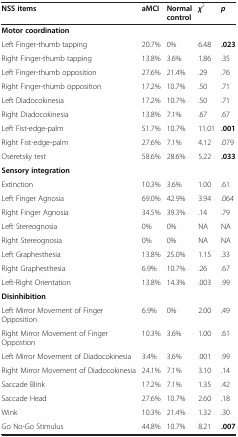
<table><thead><tr><td><b>NSS items</b></td><td><b>aMCI</b></td><td><b>Normal control</b></td><td><b> <i>χ</i> <sup>2</sup></b></td><td><b> <i>p</i> </b></td></tr></thead><tbody><tr><td colspan="5"><b>Motor coordination</b></td></tr><tr><td>Left Finger-thumb tapping</td><td>20.7%</td><td>0%</td><td>6.48</td><td><b>.023</b></td></tr><tr><td>Right Finger-thumb tapping</td><td>13.8%</td><td>3.6%</td><td>1.86</td><td>.35</td></tr><tr><td>Left Finger-thumb opposition</td><td>27.6%</td><td>21.4%</td><td>.29</td><td>.76</td></tr><tr><td>Right Finger-thumb opposition</td><td>17.2%</td><td>10.7%</td><td>.50</td><td>.71</td></tr><tr><td>Left Diadocokinesia</td><td>17.2%</td><td>10.7%</td><td>.50</td><td>.71</td></tr><tr><td>Right Diadocokinesia</td><td>13.8%</td><td>7.1%</td><td>.67</td><td>.67</td></tr><tr><td>Left Fist-edge-palm</td><td>51.7%</td><td>10.7%</td><td>11.01</td><td><b>.001</b></td></tr><tr><td>Right Fist-edge-palm</td><td>27.6%</td><td>7.1%</td><td>4.12</td><td>.079</td></tr><tr><td>Oseretsky test</td><td>58.6%</td><td>28.6%</td><td>5.22</td><td><b>.033</b></td></tr><tr><td colspan="5"><b>Sensory integration</b></td></tr><tr><td>Extinction</td><td>10.3%</td><td>3.6%</td><td>1.00</td><td>.61</td></tr><tr><td>Left Finger Agnosia</td><td>69.0%</td><td>42.9%</td><td>3.94</td><td>.064</td></tr><tr><td>Right Finger Agnosia</td><td>34.5%</td><td>39.3%</td><td>.14</td><td>.79</td></tr><tr><td>Left Stereognosia</td><td>0%</td><td>0%</td><td>NA</td><td>NA</td></tr><tr><td>Right Stereognosia</td><td>0%</td><td>0%</td><td>NA</td><td>NA</td></tr><tr><td>Left Graphesthesia</td><td>13.8%</td><td>25.0%</td><td>1.15</td><td>.33</td></tr><tr><td>Right Graphesthesia</td><td>6.9%</td><td>10.7%</td><td>.26</td><td>.67</td></tr><tr><td>Left-Right Orientation</td><td>13.8%</td><td>14.3%</td><td>.003</td><td>.99</td></tr><tr><td colspan="5"><b>Disinhibition</b></td></tr><tr><td>Left Mirror Movement of Finger Opposition</td><td>6.9%</td><td>0%</td><td>2.00</td><td>.49</td></tr><tr><td>Right Mirror Movement of Finger Oppostion</td><td>10.3%</td><td>3.6%</td><td>1.00</td><td>.61</td></tr><tr><td>Left Mirror Movement of Diadocokinesia</td><td>3.4%</td><td>3.6%</td><td>.001</td><td>.99</td></tr><tr><td>Right Mirror Movement of Diadocokinesia</td><td>24.1%</td><td>7.1%</td><td>3.10</td><td>.14</td></tr><tr><td>Saccade Blink</td><td>17.2%</td><td>7.1%</td><td>1.35</td><td>.42</td></tr><tr><td>Saccade Head</td><td>27.6%</td><td>10.7%</td><td>2.60</td><td>.18</td></tr><tr><td>Wink</td><td>10.3%</td><td>21.4%</td><td>1.32</td><td>.30</td></tr><tr><td>Go No-Go Stimulus</td><td>44.8%</td><td>10.7%</td><td>8.21</td><td><b>.007</b></td></tr></tbody></table>